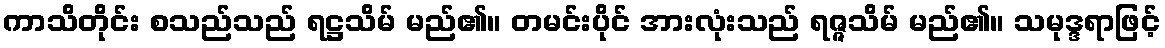
ကာသိတိုင်း စသည်သည် ရဋ္ဌသိမ် မည်၏။ တမင်းပိုင် အားလုံးသည် ရဇ္ဇသိမ် မည်၏။ သမုဒ္ဒရာဖြင့်